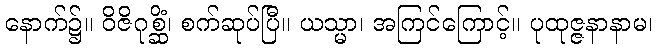
နောက်၌။ ဝိဇိဂုစ္ဆိံ၊ စက်ဆုပ်ပြီ။ ယသ္မာ၊ အကြင်ကြောင့်။ ပုထုဇ္ဇနာနာမ၊